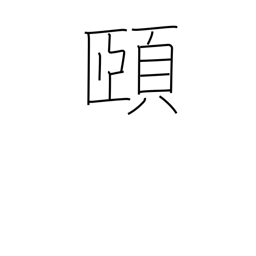
Meaning: chin